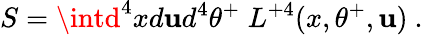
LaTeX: S=\intd^{4}xd\mathbf{u}d^{4}\theta^{+}\; L^{+4}(x,\theta^{+},\mathbf{u})\ .